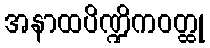
အနာထပိဏ္ဍိကဝတ္ထု